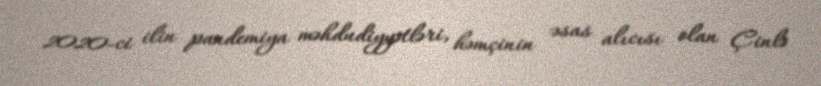
2020-ci ilin pandemiya məhdudiyyətləri, həmçinin əsas alıcısı olan Çinlə